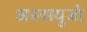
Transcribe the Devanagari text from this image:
अस्सयुजो